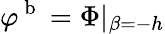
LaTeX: \varphi^{\mathrm{~b~}}=\Phi\vert_{\beta=-h}